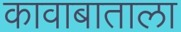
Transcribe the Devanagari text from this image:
कावाबाताला